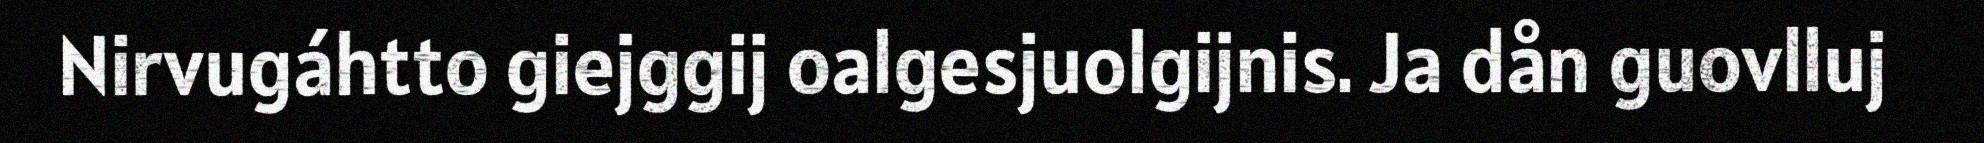
Nirvugáhtto giejggij oalgesjuolgijnis. Ja dån guovlluj